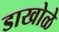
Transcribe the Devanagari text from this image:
डाखोळे